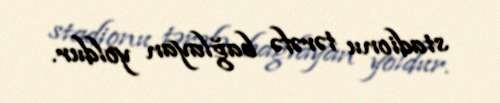
stadionu tərəfə bağlayan yoldur.